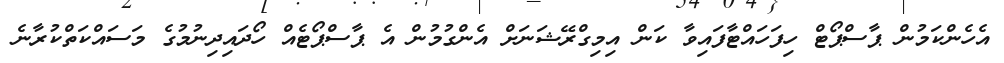
އެހެންކަމުން ޕާސްޕޯޓް ހިފަހައްޓާފައިވާ ކަން އިމިގްރޭޝަނަށް އެންގުމުން އެ ޕާސްޕޯޓެއް ހޯދައިދިނުމުގެ މަސައްކަތްކުރާނެ